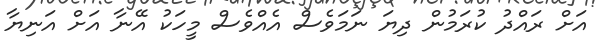
އަށް ރައްދު ކުރަމުން ދިޔަ ނަމަވެސް އެއްވެސް މީހަކު އޭނާ އަށް އަނިޔާ